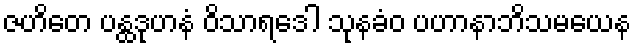
ဇဟိတေ ပန္ထဒုဟနံ ဝိသာရဒေါ သုနခံဝ ပဟာနာဘိသမယေန